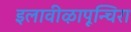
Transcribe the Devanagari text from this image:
इलावीऴापून्चिरा